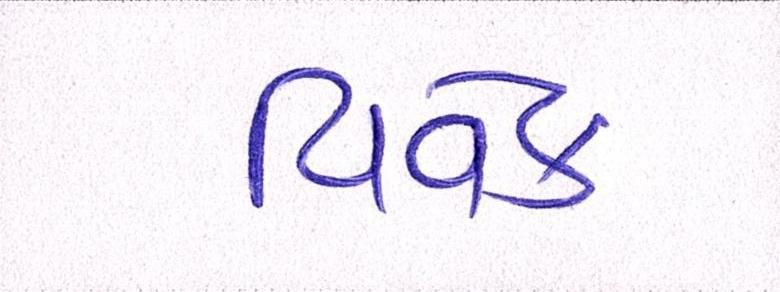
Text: વિવેક